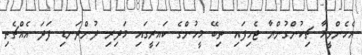
އެހެންވީމާ ޗިކުންގުންޔާ ޖެހިފައި ތިބޭ މީހުންގެ ކައިރީގައި މަދިރި ދުންދަނޑި ފަދަ އެއްޗެތި